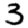
Digit: 3